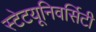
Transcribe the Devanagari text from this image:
स्टेटयूनिवर्सिटी